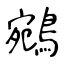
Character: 鵷